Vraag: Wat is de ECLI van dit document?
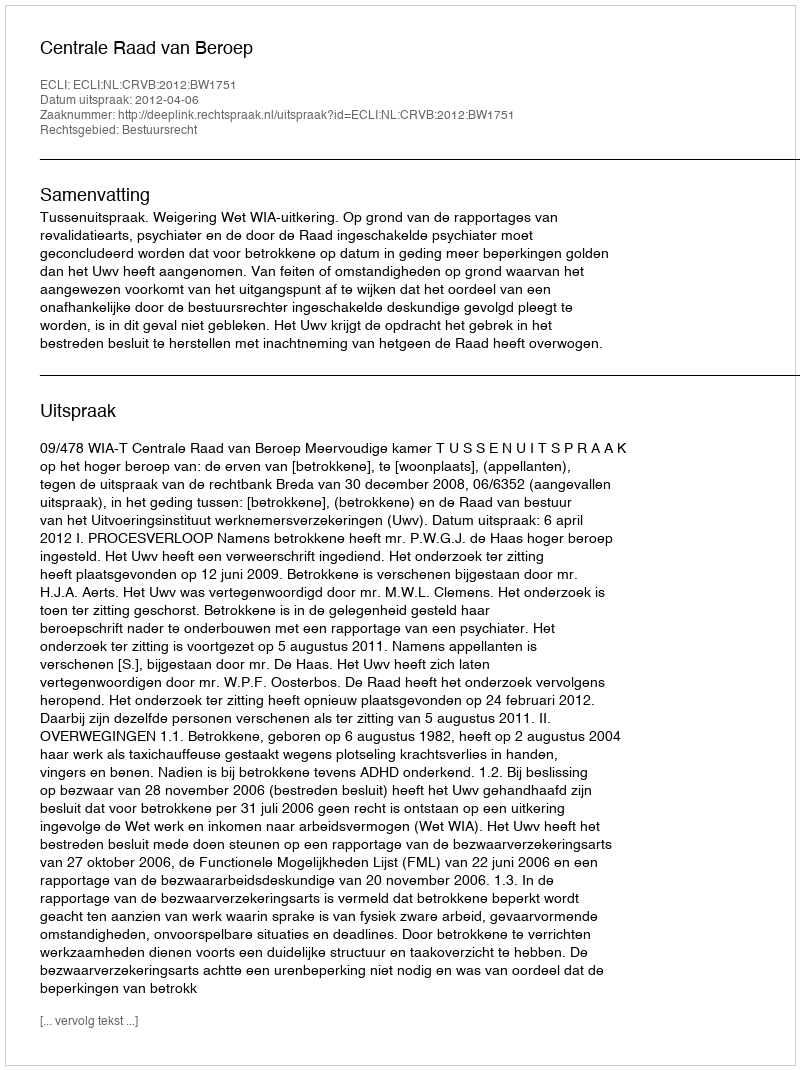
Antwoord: ECLI:NL:CRVB:2012:BW1751